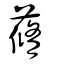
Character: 蓚